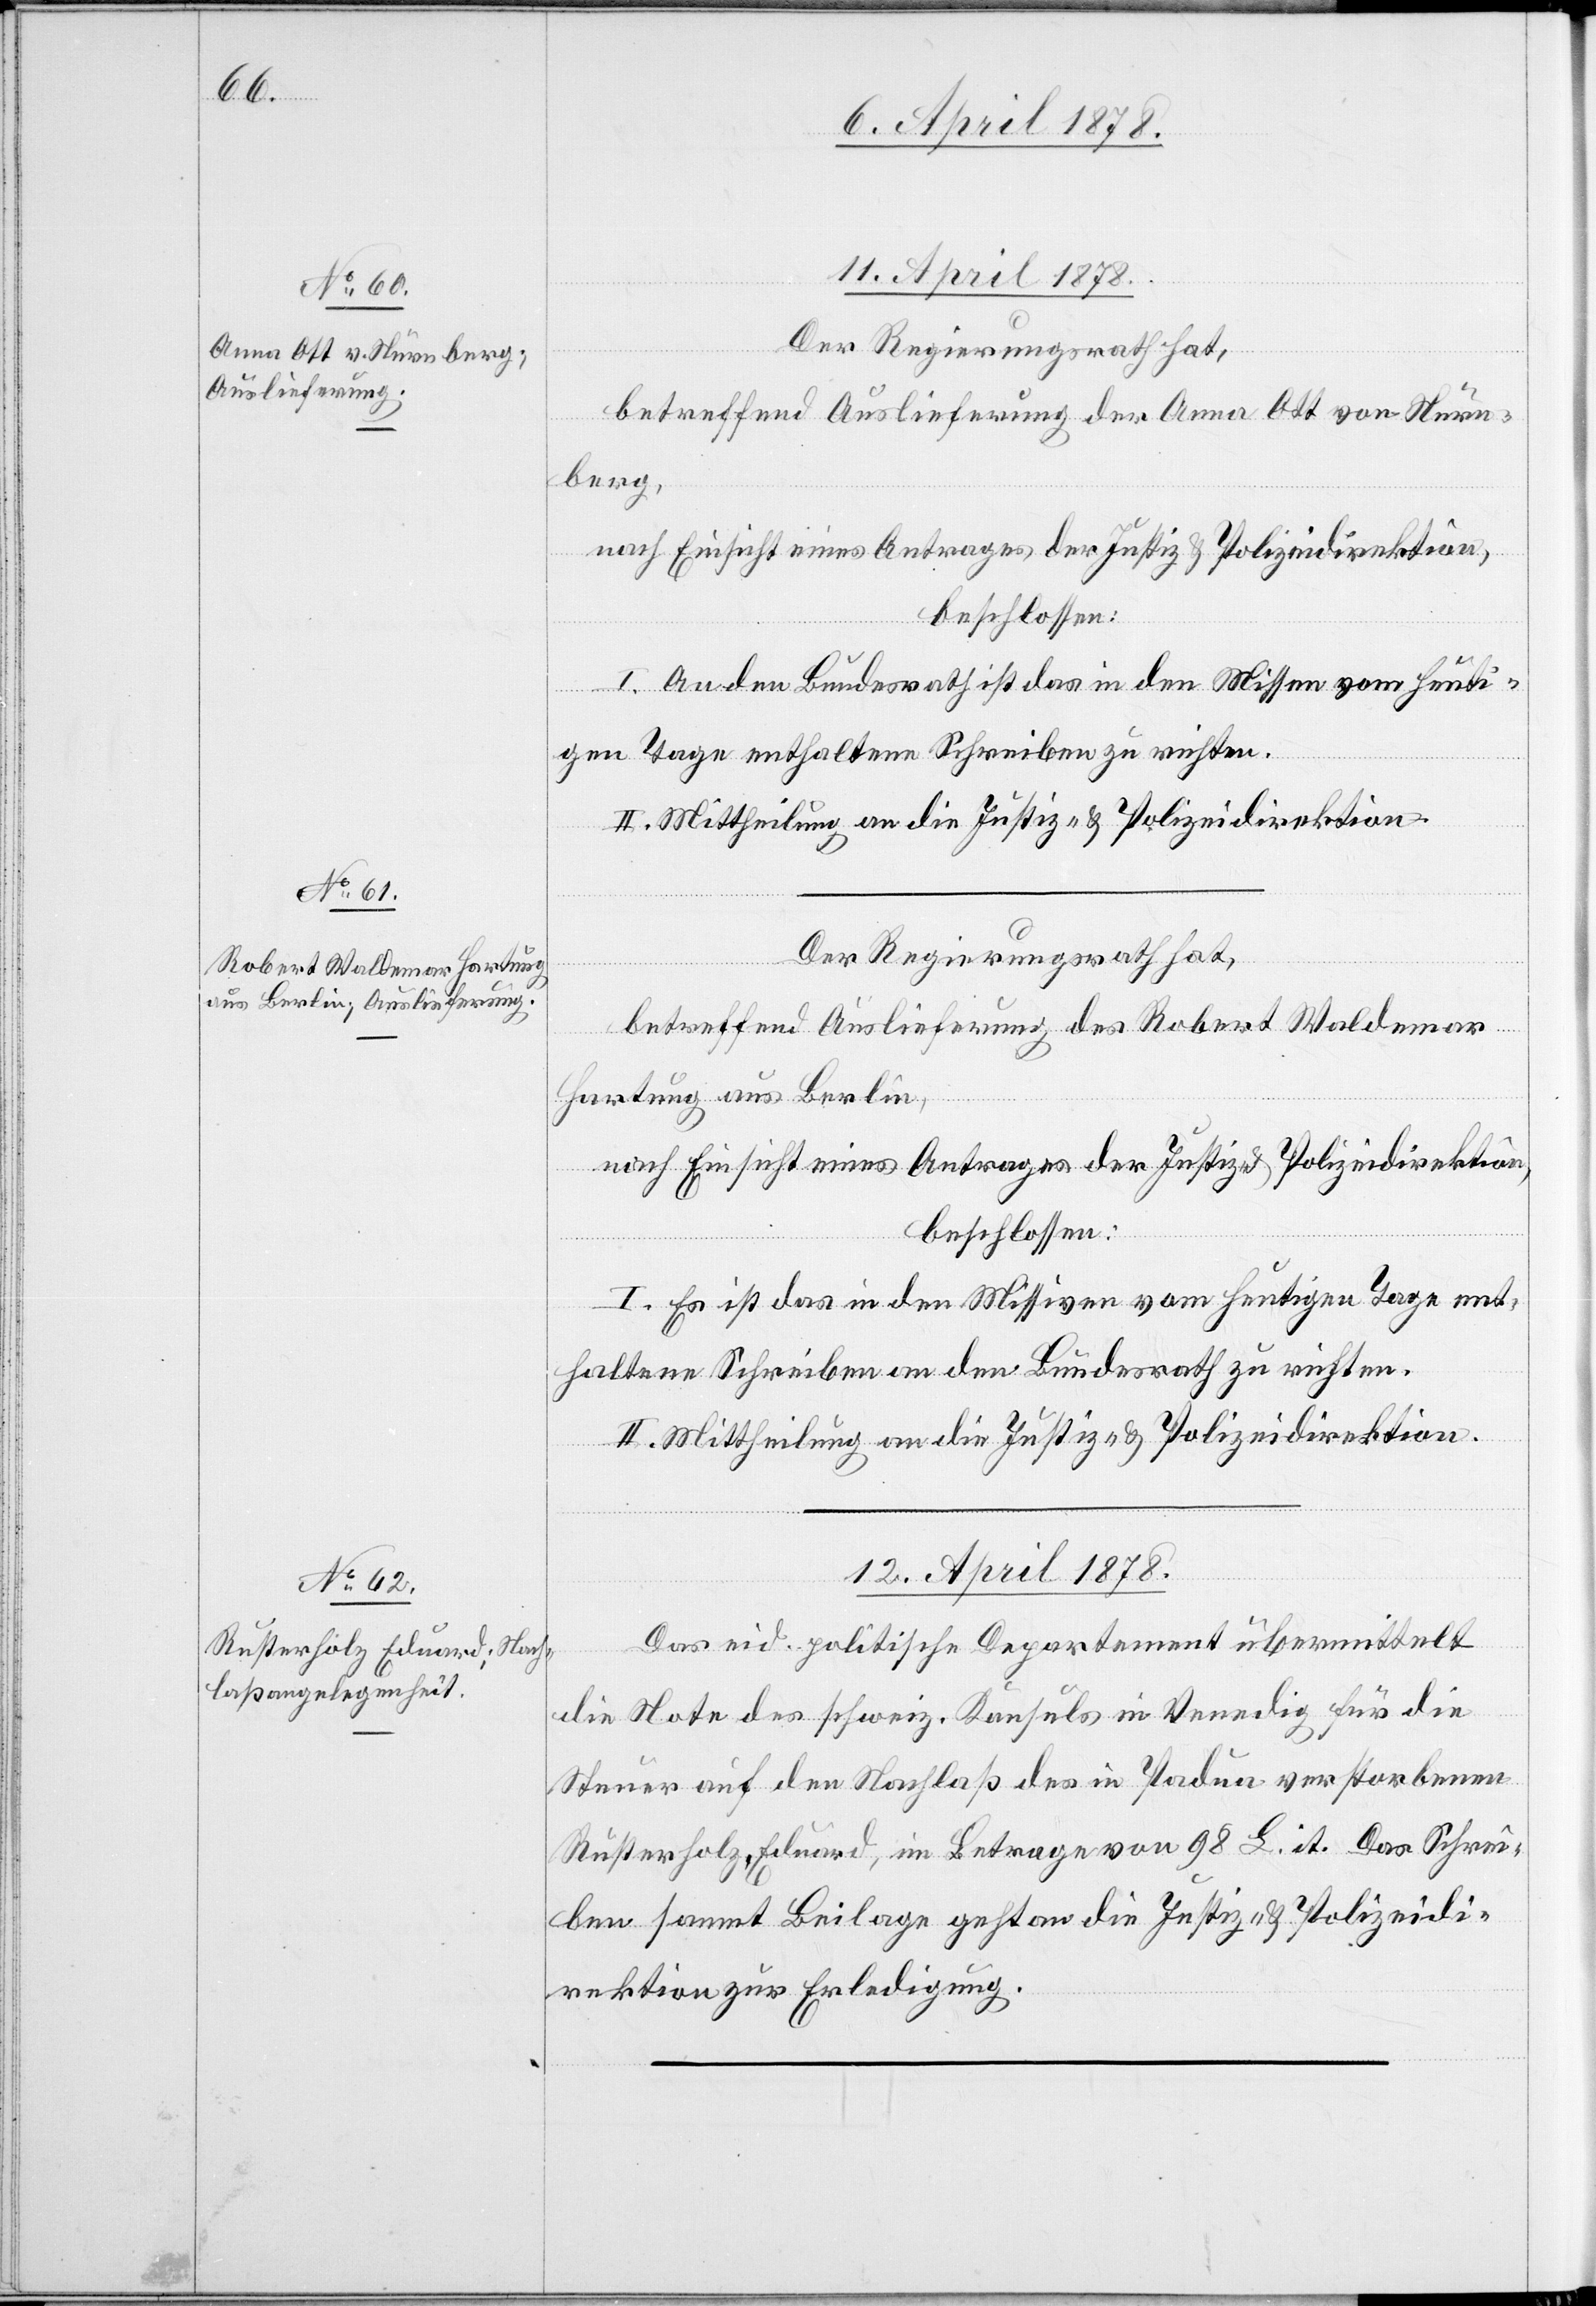
11. April 1878.
Der Regierungsrath hat,
betreffend Auslieferung der Anna Ott von Nürn¬
berg,
nach Einsicht eines Antrages der Justiz- & Polizeidirektion,
beschlossen:
I. An den Bundesrath ist das in den Missen [sic!] vom heuti¬
gen Tage enthaltene Schreiben zu richten.
II. Mittheilung an die Justiz- & Polizeidirektion.
Der Regierungsrath hat,
betreffend Auslieferung des Robert Waldemar
Hartung aus Berlin,
I. Es ist das in den Missiven vom heutigen Tage ent¬
haltene Schreiben an den Bundesrath zu richten.
II. Mittheilung an die Justiz- & Polizeidirektion.
12. April 1878.
Das eid. politische Departement übermittelt
die Note des schweiz. Konsuls in Venedig für die
Steuer auf den Nachlaß des in Padua verstorbenen
Rusterholz, Eduard, im Betrage von 98 L. it. Das Schrei¬
ben sammt Beilage geht an die Justiz- & Polizeidi¬
rektion zur Erledigung.